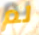
لم